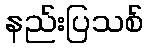
နည်းပြသစ်